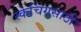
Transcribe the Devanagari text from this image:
स्केचिंगसाठी